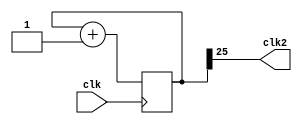
/*
*   Blinking frequency generator
*/
module blink_gen(
    input clk,

    output clk2
);

reg [25:0]cnt = 0;

assign clk2 = cnt[25];

always @(posedge clk) begin
    cnt <= cnt + 26'b1;
end

endmodule